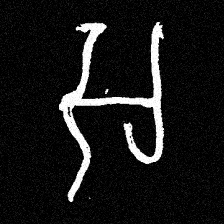
Pyu character \u2014 Myanmar letter: အ (romanized: a)